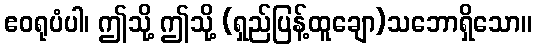
ဧဝရုပံပါ၊ ဤသို့ ဤသို့ (ရှည်ပြန့်ထူချော)သဘောရှိသော။